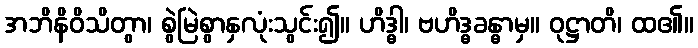
အဘိနိဝိသိတွာ၊ စွဲမြဲစွာနှလုံးသွင်း၍။ ဟိဒ္ဓါ၊ ဗဟိဒ္ဓခန္ဓာမှ။ ဝုဋ္ဌာတိ၊ ထ၏။